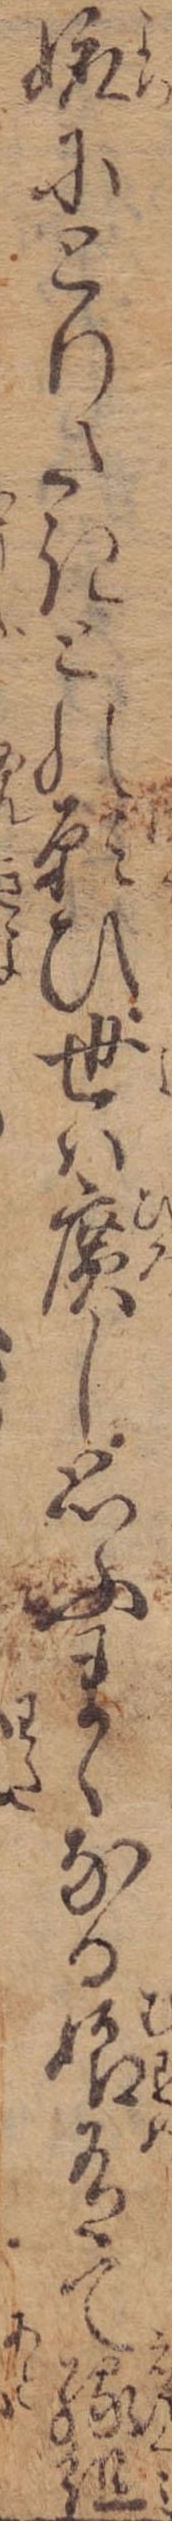
娵にとりたきとの願ひ世は広し思ふまゝなる娘有て縁組